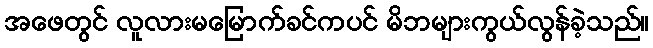
အဖေတွင် လူလားမမြောက်ခင်ကပင် မိဘများကွယ်လွန်ခဲ့သည်။